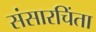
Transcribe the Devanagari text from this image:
संसारचिंता